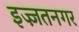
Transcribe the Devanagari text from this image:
इज्ज़तनगर